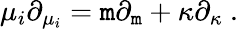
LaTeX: \mu_{i}\partial_{\mu_{i}}=\mathtt{m}\partial_{\mathtt{m}}+\kappa\partial_{\kappa}\ .